Civil Veterinary Department. Madras. Admin. report 1926-33 - 1926-1933
Year: 1926
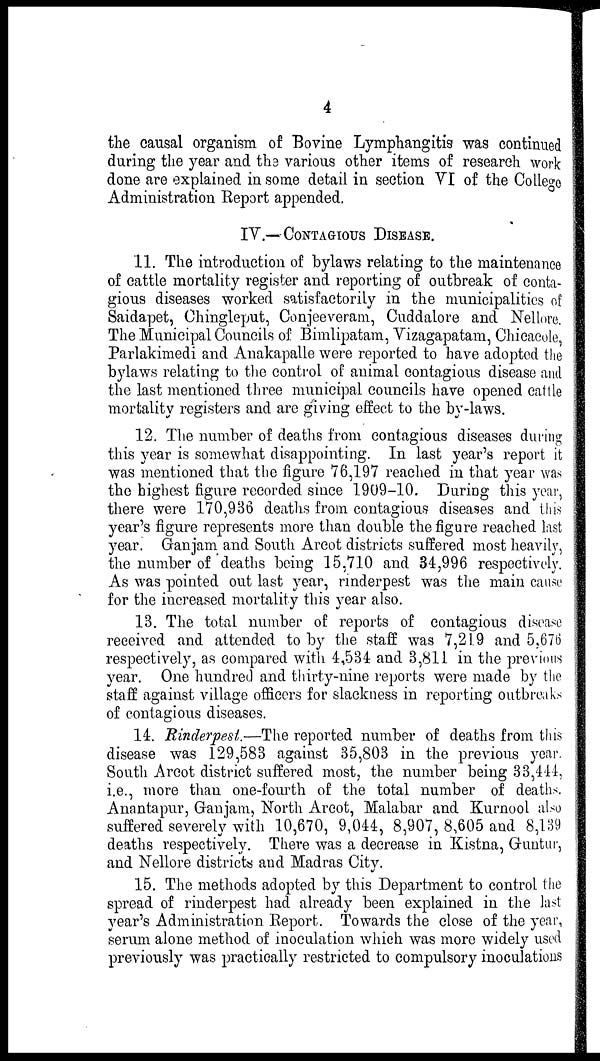
4
the causal organism of Bovine Lymphangitis was continued
during the year and the various other items of research work
done are explained in some detail in section VI of the College
Administration Report appended.
IV.—CONTAGIOUS DISEASE.
11. The introduction of bylaws relating to the maintenance
of cattle mortality register and reporting of outbreak of conta-
gious diseases worked satisfactorily in the municipalities of
Saidapet, Chingleput, Conjeeveram, Cuddalore and Nellore.
The Municipal Councils of Bimlipatam, Vizagapatam, Chicacole,
Parlakimedi and Anakapalle were reported to have adopted the
bylaws relating to the control of animal contagious disease and
the last mentioned three municipal councils have opened cattle
mortality registers and are giving effect to the by-laws.
12. The number of deaths from contagious diseases during
this year is somewhat disappointing. In last year's report it
was mentioned that the figure 76,197 reached in that year was
the highest figure recorded since 1909-10. During this year,
there were 170,936 deaths from contagious diseases and this
year's figure represents more than double the figure reached last
year. Ganjam and South Arcot districts suffered most heavily,
the number of deaths being 15,710 and 34,996 respectively.
As was pointed out last year, rinderpest was the main cause
for the increased mortality this year also.
13. The total number of reports of contagious disease
received and attended to by the staff was 7,219 and 5,676
respectively, as compared with 4,534 and 3,811 in the previous
year. One hundred and thirty-nine reports were made by the
staff against village officers for slackness in reporting outbreaks
of contagious diseases.
14. Rinderpest.—The reported number of deaths from this
disease was 129,583 against 35,803 in the previous year.
South Arcot district suffered most, the number being 33,444,
i.e., more than one-fourth of the total number of deaths.
Anantapur, Ganjam, North Arcot, Malabar and Kurnool also
suffered severely with 10,670, 9,044, 8,907, 8,605 and 8,139
deaths respectively. There was a decrease in Kistna, Guntur,
and Nellore districts and Madras City.
15. The methods adopted by this Department to control the
spread of rinderpest had already been explained in the last
year's Administration Report. Towards the close of the year,
serum alone method of inoculation which was more widely used
previously was practically restricted to compulsory inoculations